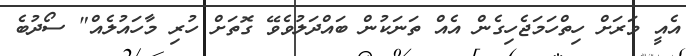
އެއީ ވަރަށް ހިތްހަމަޖެހިގެން އެއް ތަނަކުން ބައްދަލުވެވޭ ގޮތަށް ހުރި މާހައުލެއް" ސޯދުބެ